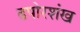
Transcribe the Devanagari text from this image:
ढपोरशंख